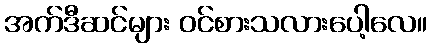
အက်ဒီဆင်များ ဝင်စားသလားပေါ့လေ။